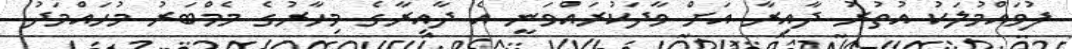
ފުވައްމުލަކު އުތުރު ދާއިރާ އަށް ވާދަކުރައްވަނީ އެ ދާއިރާގެ މިހާރުގެ މެމްބަރު މުހައްމަދު